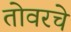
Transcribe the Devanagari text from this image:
तोवरचे